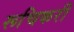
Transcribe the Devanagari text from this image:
रूचिकरी